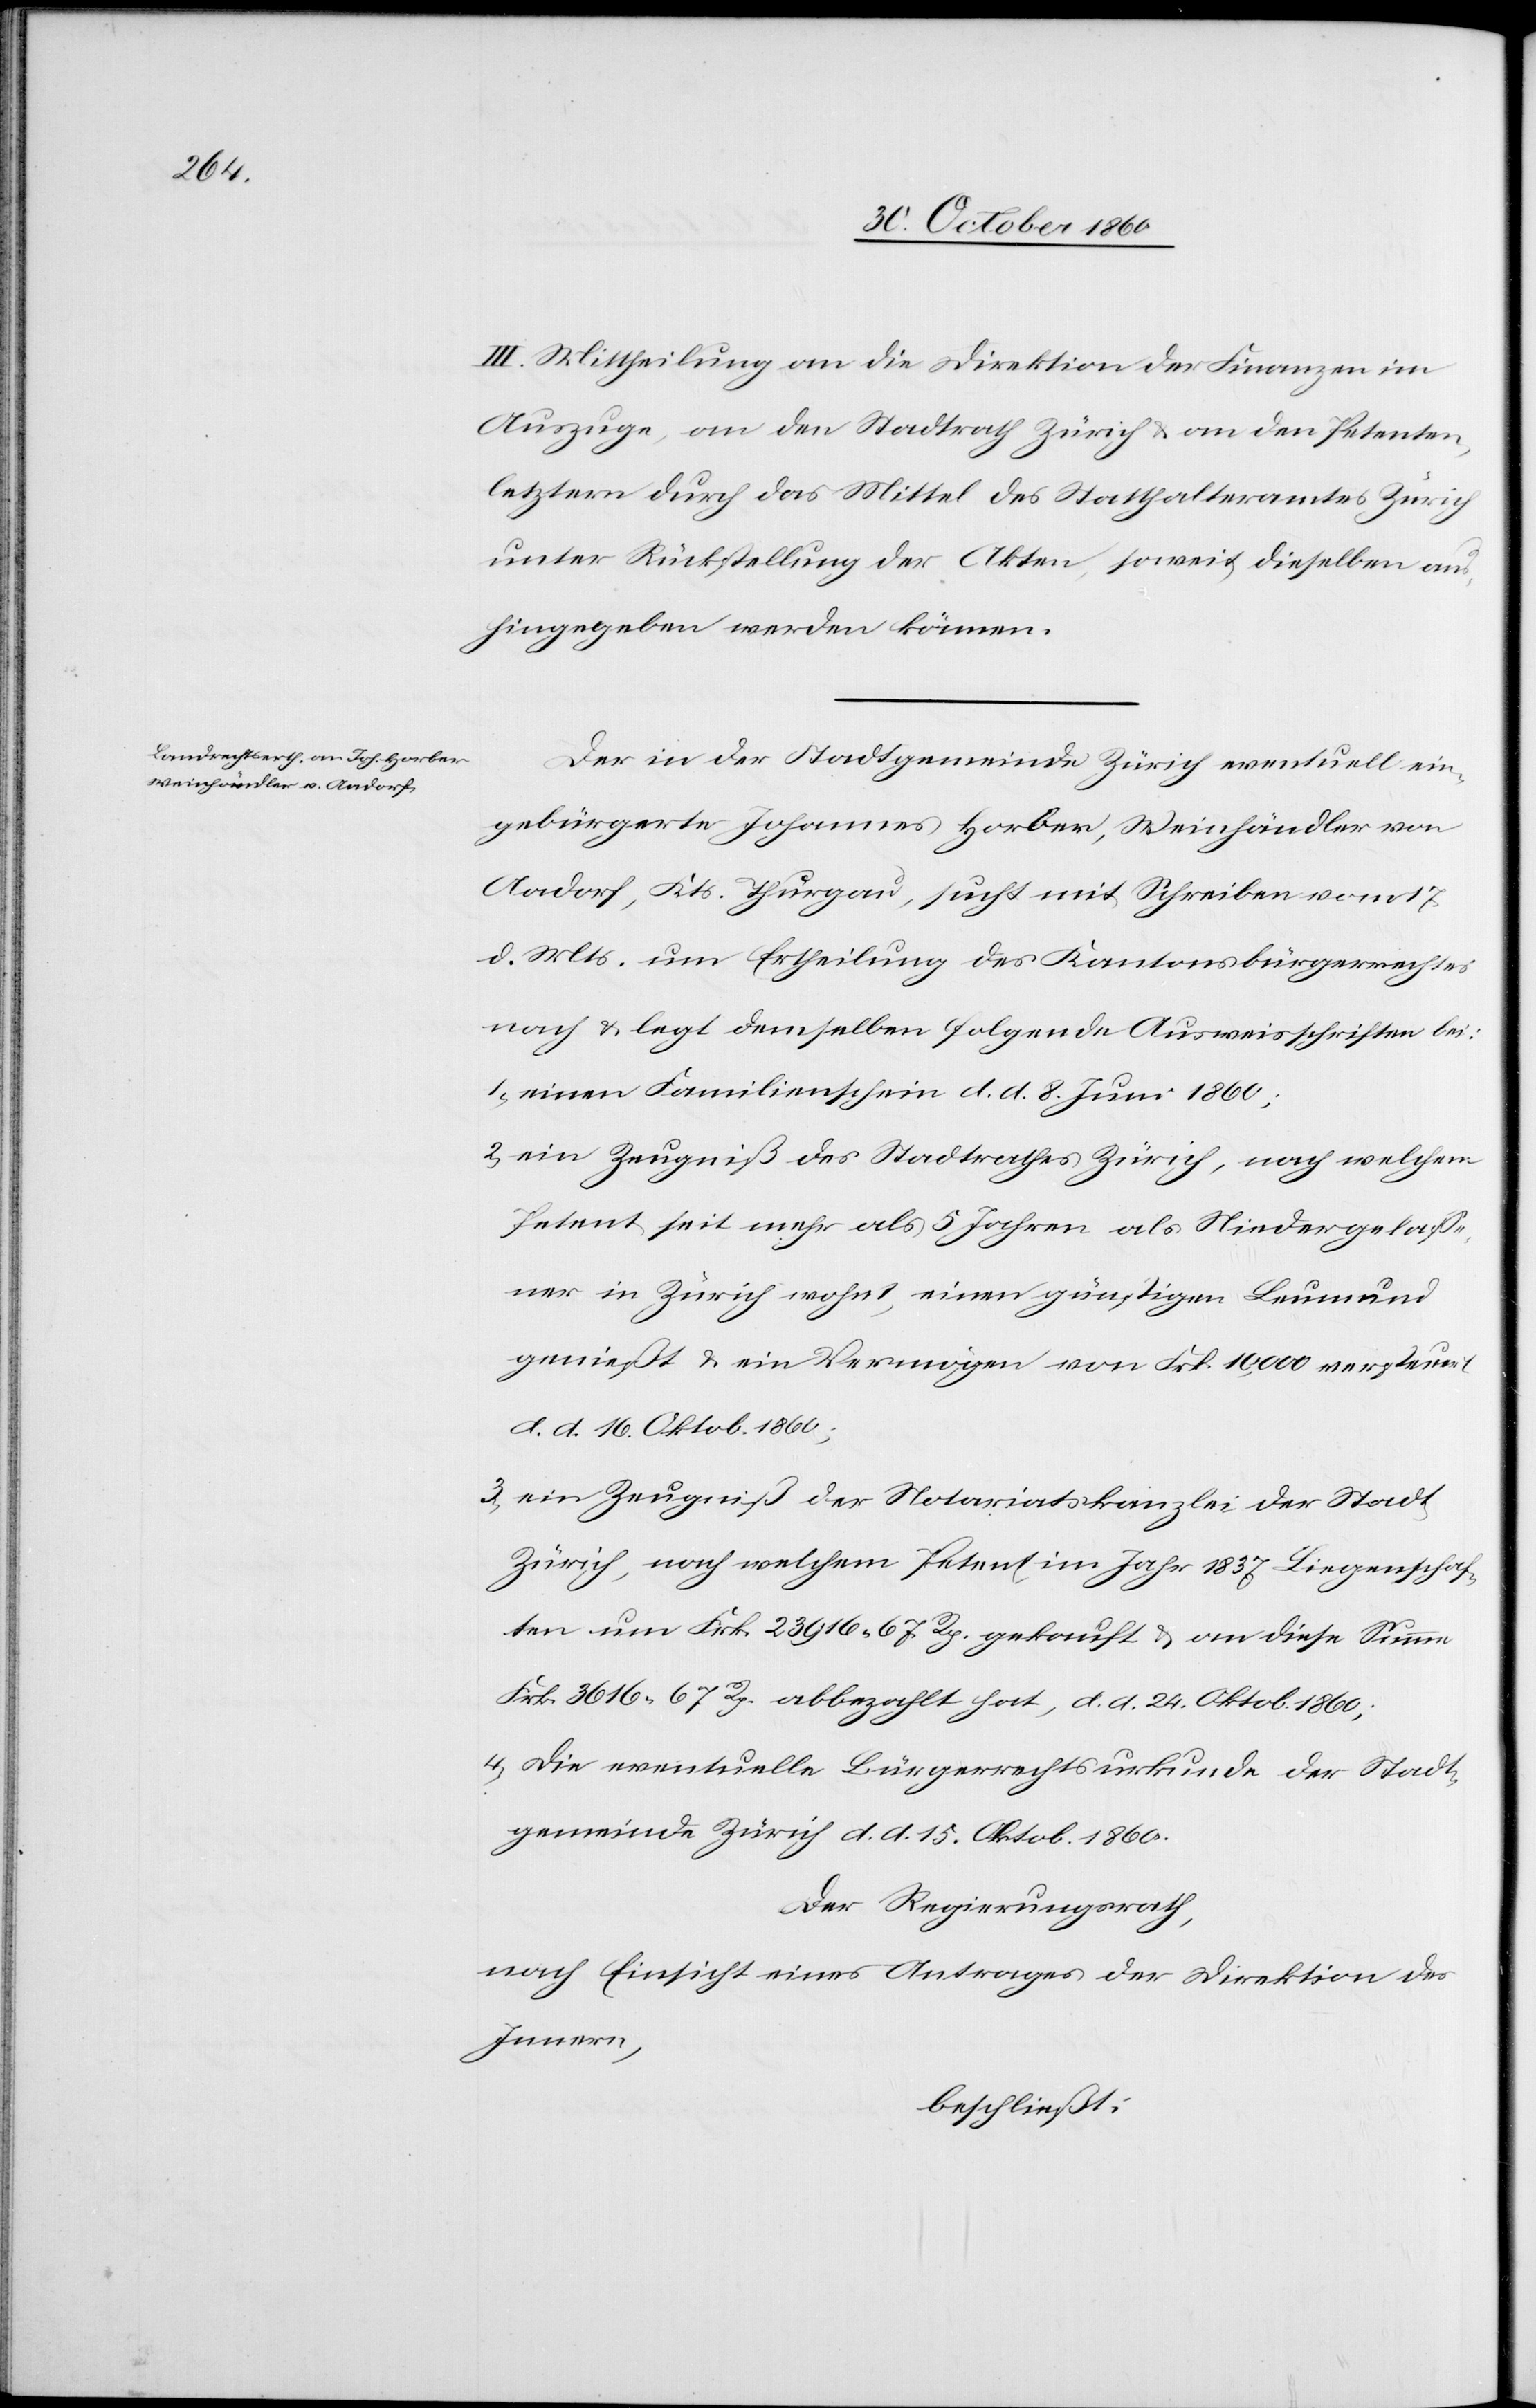
III. Mittheilung an die Direktion der Finanzen im
Auszuge, an den Stadtrath Zürich u. an den Petenten,
letztern durch das Mittel des Statthalteramtes Zürich
unter Rückstellung der Akten, soweit dieselben aus¬
hingegeben werden können.
Der in der Stadtgemeinde Zürich eventuell ein¬
gebürgerte Johannes Horber, Weinhändler von
Aadorf, Kts. Thurgau, sucht mit Scheiben vom 17.
d. Mts. um Ertheilung des Kantonsbürgerrechtes
nach u. legt demselben folgende Ausweisschriften bei:
1. einen Familienschein d. d. 8. Juni 1860;
2. ein Zeugniß des Stadtrathes Zürich, nach welchem
Petent seit mehr als 5 Jahren als Niedergelasse¬
ner in Zürich wohnt, einen günstigen Leumund
genießt, u. ein Vermögen von Frk. 10,000 versteuert,
d. d. 16. Oktob. 1860;
3. ein Zeugniß der Notariatskanzlei der Stadt
Zürich, nach welchem Petent im Jahr 1837 Liegenschaf¬
ten um Frk. 23 916 67 Rp. gekauft u. an diese Summe
Frk. 3616 67 Rp. abbezahlt hat, d. d. 24. Oktob. 1860;
4. die eventuelle Bürgerrechtsurkunde der Stadt¬
gemeinde Zürich d. d. 15. Oktob. 1860.
Der Regierungsrath,
nach Einsicht eines Antrages der Direktion des
Innern,
beschließt: